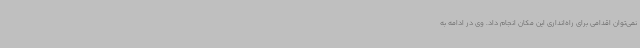
نمی‌توان اقدامی برای راه‌انداری این مکان انجام داد. وی در ادامه به